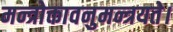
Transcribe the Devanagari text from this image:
मन्त्रोक्तावनुमन्त्रयते।